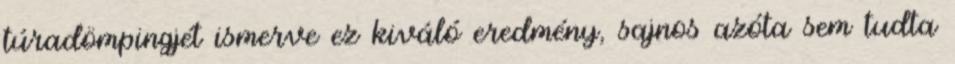
túradömpingjét ismerve ez kiváló eredmény, sajnos azóta sem tudta